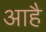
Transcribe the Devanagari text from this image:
आहै